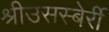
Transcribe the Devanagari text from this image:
श्रीउसस्बेर्री